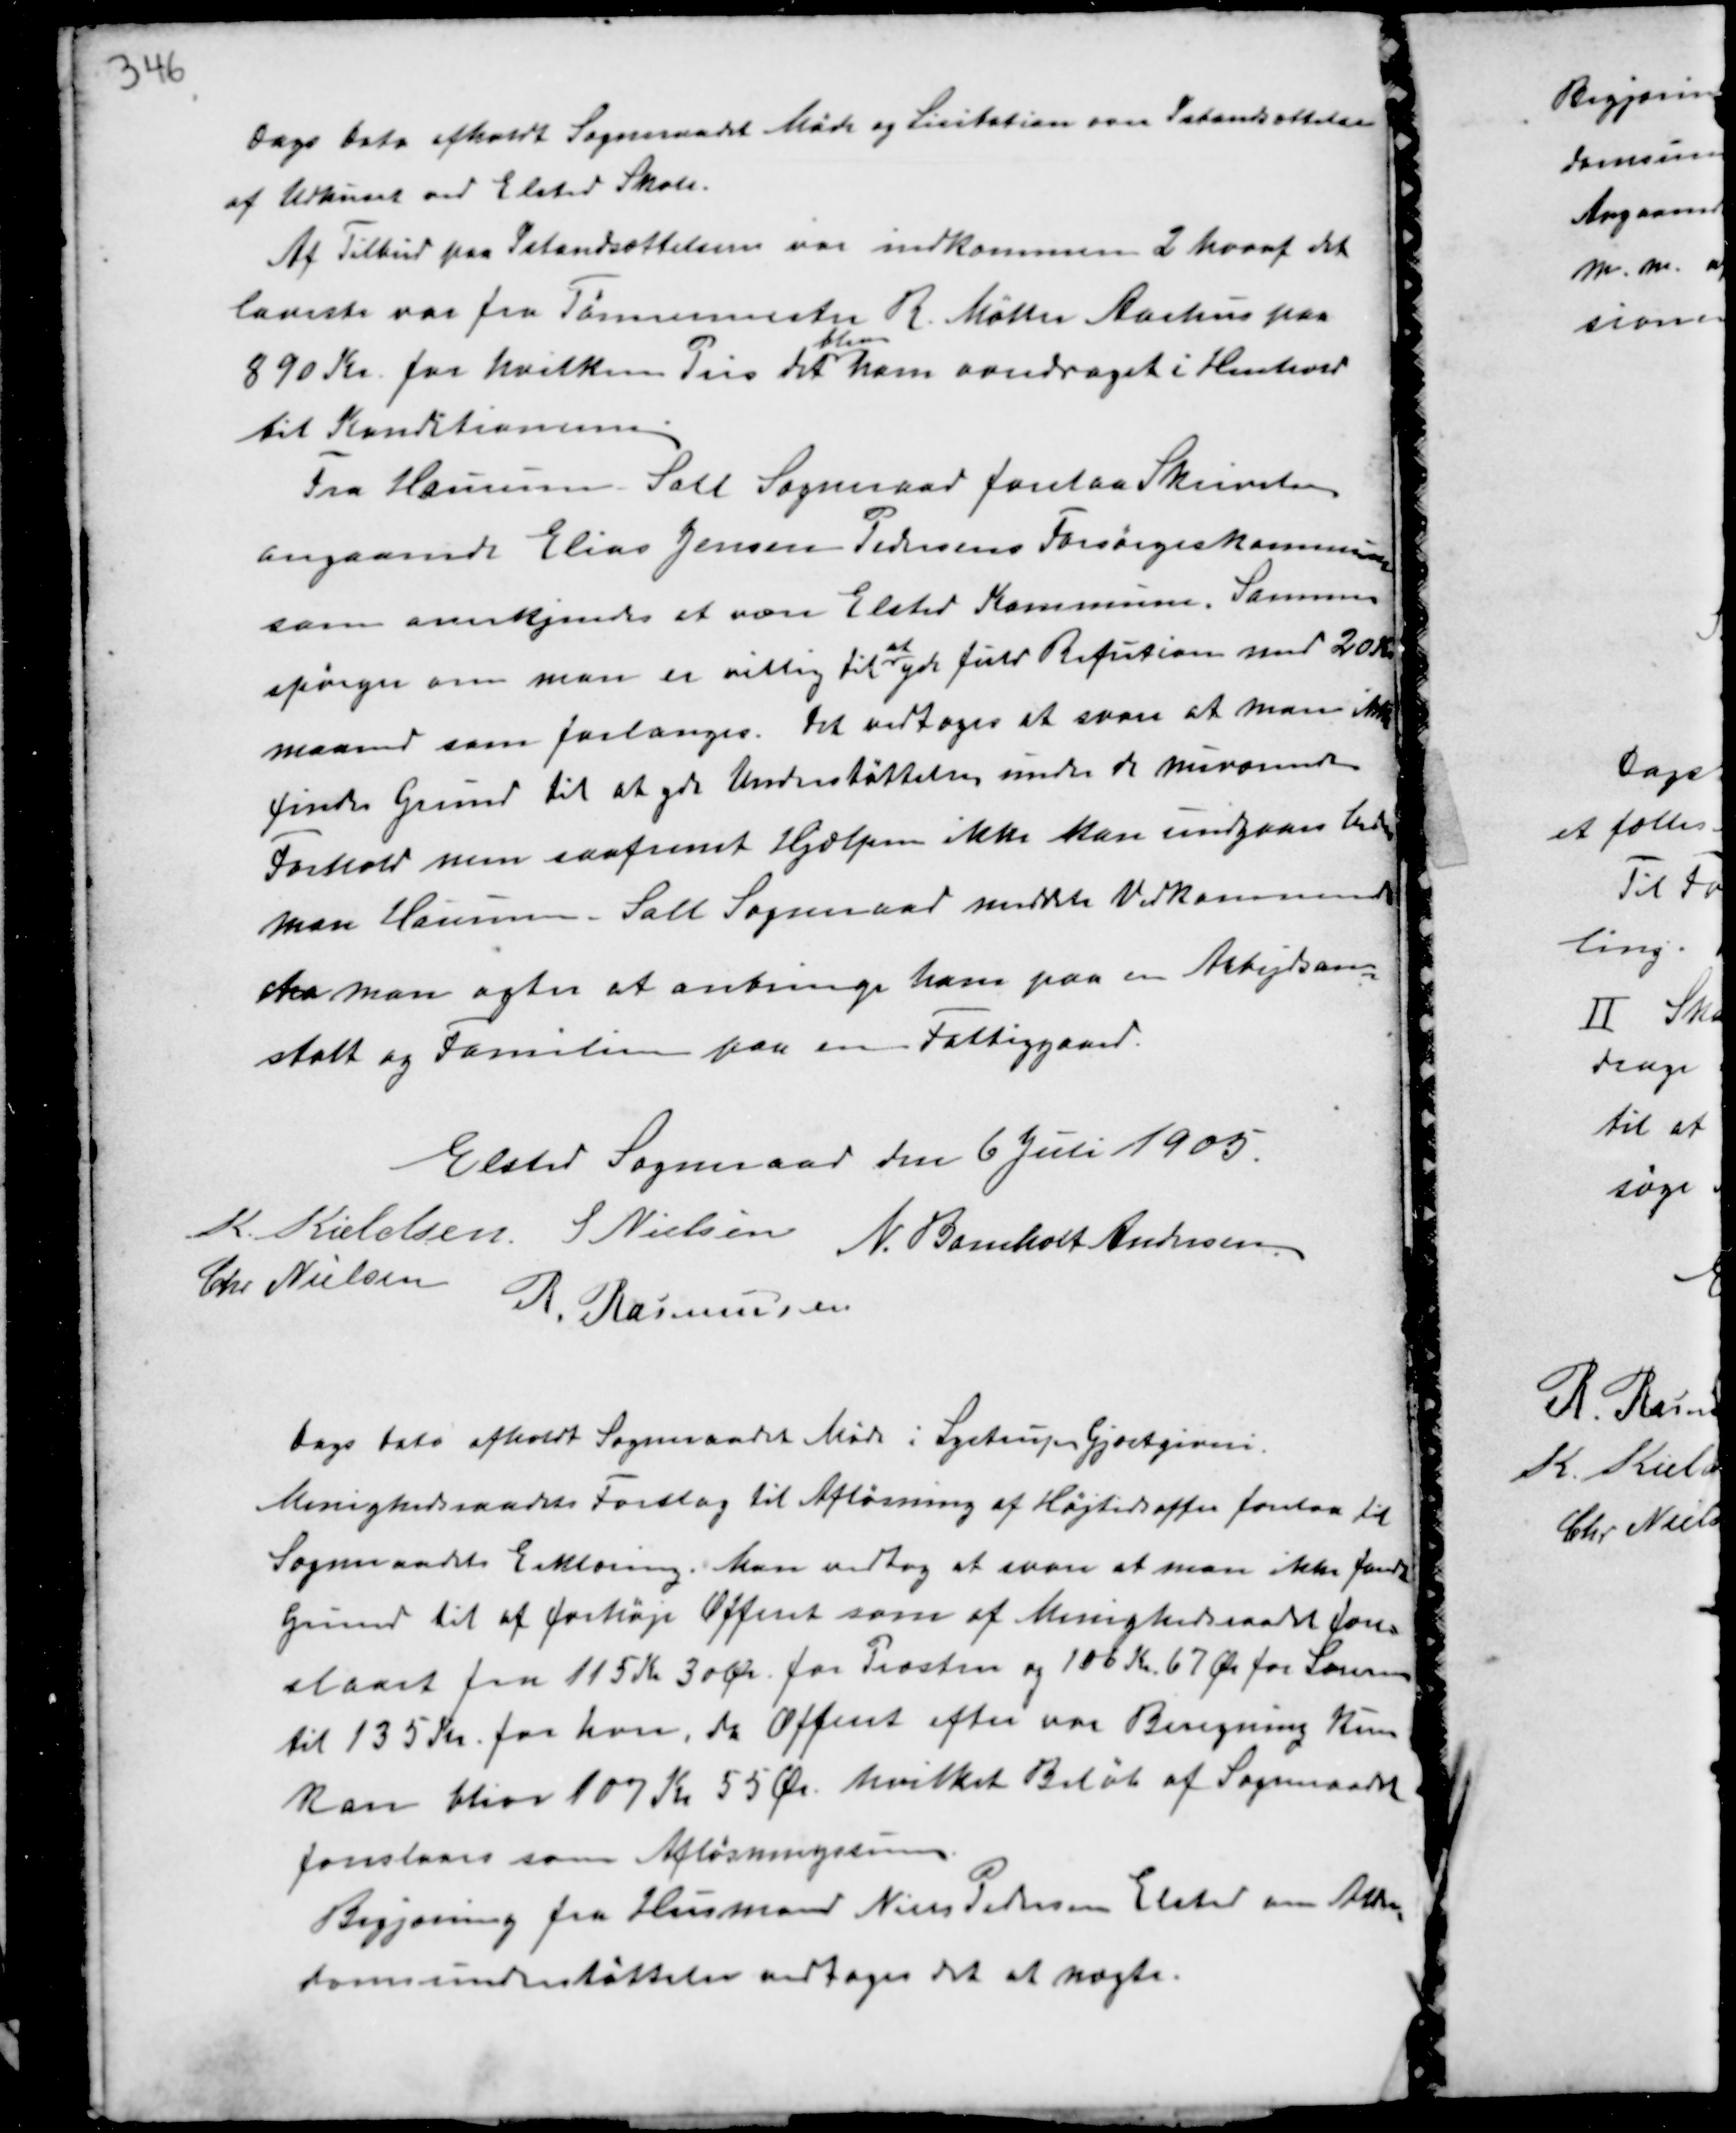
Transskription:
Dags Dato afholdt Sogneraadet Møde og Licitation over Istandsættelse
af Udhuset ved Elsted Skole.
Af Tilbud paa Istandsættelserne var indkommet 2 hvoraf det
laveste var fra Tømrermester R. Møller Aarhus paa
890 Kr. for hvilken Pris det
blev
ham overdraget i Henhold
til Konditionerne.
Fra Haurum-Sall Sogneraad  forelaa Skrivelse
angaaende Elias Jensen Pedersens Forsørgelseskommune
som anerkjendes at være Elsted Kommune. Samme
spørger om man er villig til
at
yde fuld Refusion med 20 Kr
maaned som forlanges. Det vedtoges at svare at man ikke
finder Grund til at yde Understøttelsen under de nuværende
Forhold men saafremt Hjælpen ikke kan indgaaes beder
man Haurum-Sall Sogneraad meddele Vedkommende
stra man agter at anbringe ham paa en Arbejdsan-
stalt og Familien paa en Fattiggaard.

Elsted Sogneraad den 6 Juli 1905.
K. Kieldsen S Nielsen
N. Bomholt Andersen
Chr. Nielsen
R. Rasmussen

Dags Dato afholdt Sogneraadet Møde i Lystrup Gjæstgiveri.
Menighedsraadets Forslag til Aflønning af Højtidsaften forelaa til
Sogneraadets Erklæring. Man vedtog at svare at man ikke fandt
Grund til at forhøje Offent som af Menighedsraadet fore-
slaaet fra 115 Kr 30 Ør. for Præsten og 100 Kr 67 Ør. for Laursen
til 135 Kr. for hver, da Offent efter var Beregning kun
kan blive 107 Kr 55 Ør. hvilket Beløb af Sogneraadet
foreslaaes som Aflønningssum.
Begjæring fra Husmand Niels Pedersen Elsted om Alder-
domsunderstøttelse vedtoges det at nægte.